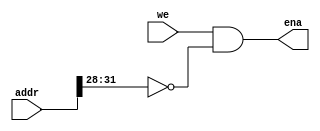
`timescale 1ns / 1ps
//////////////////////////////////////////////////////////////////////////////////
// Company: 
// Engineer: 
// 
// Design Name: 
// Module Name: Dmem_ena
// Project Name: 
// Target Devices: 
// Tool Versions: 
// Description: 
// 
// Dependencies: 
// 
// Revision:
// Revision 0.01 - File Created
// Additional Comments:
// 
//////////////////////////////////////////////////////////////////////////////////


module Dmem_ena(
    input [31:0]addr,
    input we,
    output ena
    );
assign ena = (we == 1'b1 & addr[31:28] == 4'b0);
endmodule